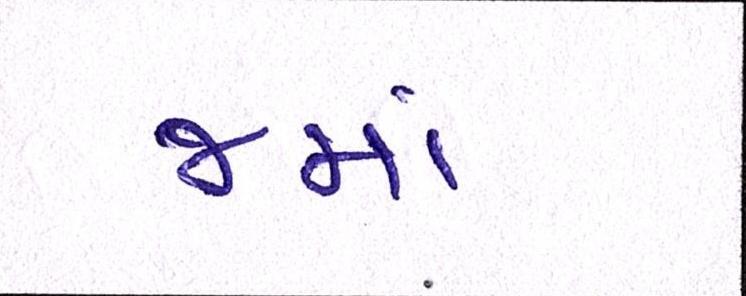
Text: જમાં